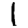
Digit: 1